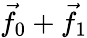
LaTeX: {\vec{f}}_{0}+{\vec{f}}_{1}